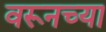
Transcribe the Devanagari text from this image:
वरूनच्या